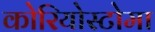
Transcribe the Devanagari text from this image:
कोरियोस्टोमा